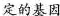
定的基因